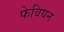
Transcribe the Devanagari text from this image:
फेवियन